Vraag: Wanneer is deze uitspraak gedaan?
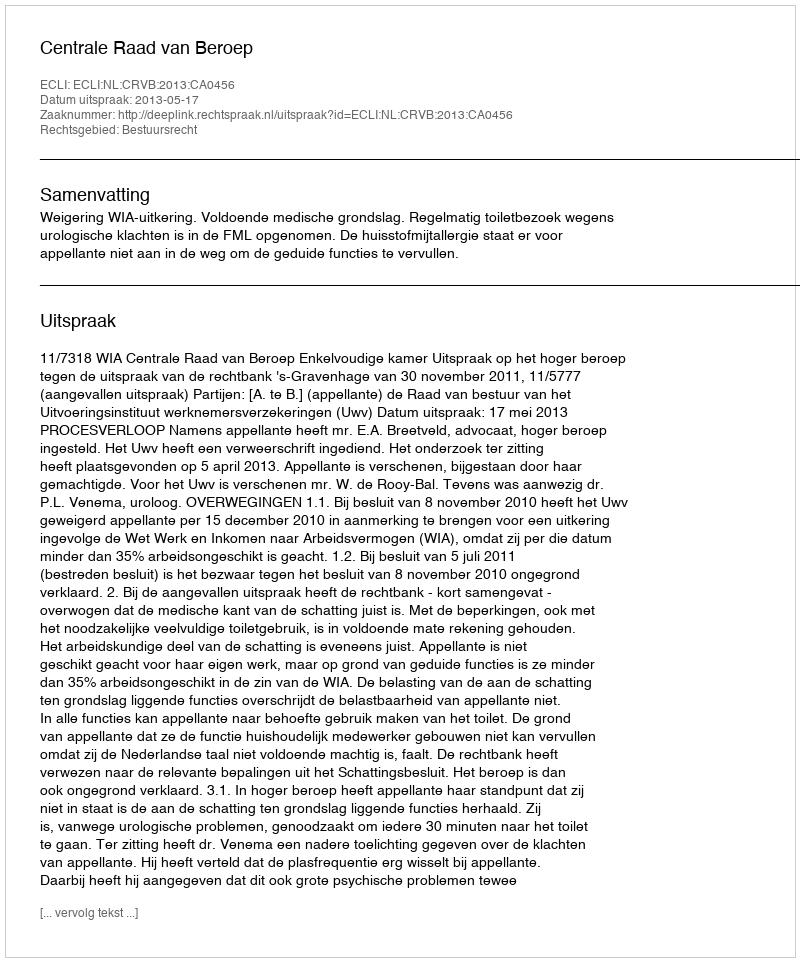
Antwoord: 2013-05-17